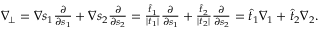
\begin{array} { r } { \nabla _ { \! \bot } = \nabla s _ { 1 } \frac { \partial } { \partial s _ { 1 } } + \nabla s _ { 2 } \frac { \partial } { \partial s _ { 2 } } = \frac { \widehat { t } _ { 1 } } { | t _ { 1 } | } \frac { \partial } { \partial s _ { 1 } } + \frac { \widehat { t } _ { 2 } } { | t _ { 2 } | } \frac { \partial } { \partial s _ { 2 } } = \widehat { t } _ { 1 } \nabla _ { 1 } + \widehat { t } _ { 2 } \nabla _ { 2 } . } \end{array}